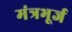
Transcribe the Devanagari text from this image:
मंत्रभूर्ज